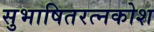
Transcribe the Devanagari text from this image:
सुभाषितरत्नकोश